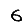
Digit: 6